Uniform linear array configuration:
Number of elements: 64
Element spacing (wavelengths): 0.5
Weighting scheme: cosine
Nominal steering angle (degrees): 0
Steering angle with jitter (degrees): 1.56
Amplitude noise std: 0.05
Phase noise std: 0.05

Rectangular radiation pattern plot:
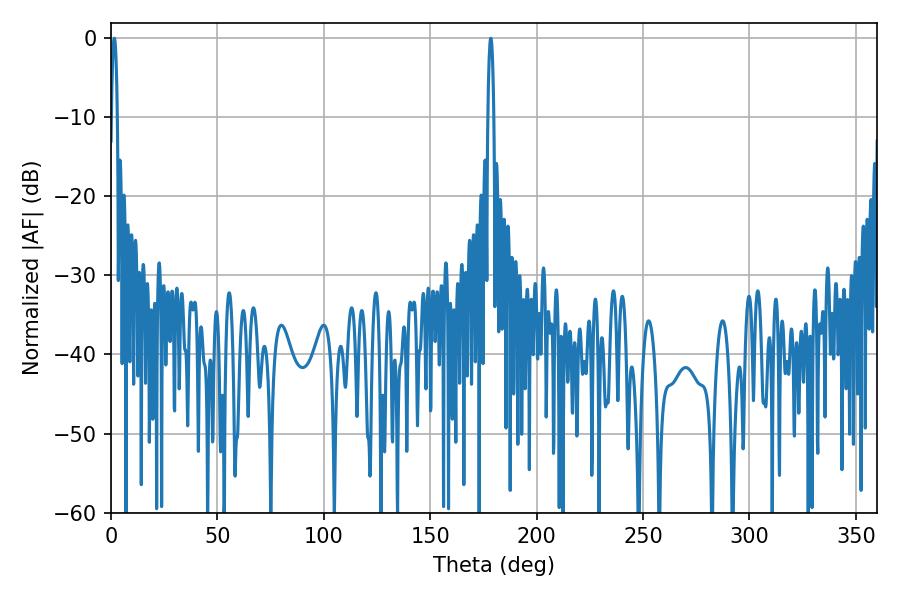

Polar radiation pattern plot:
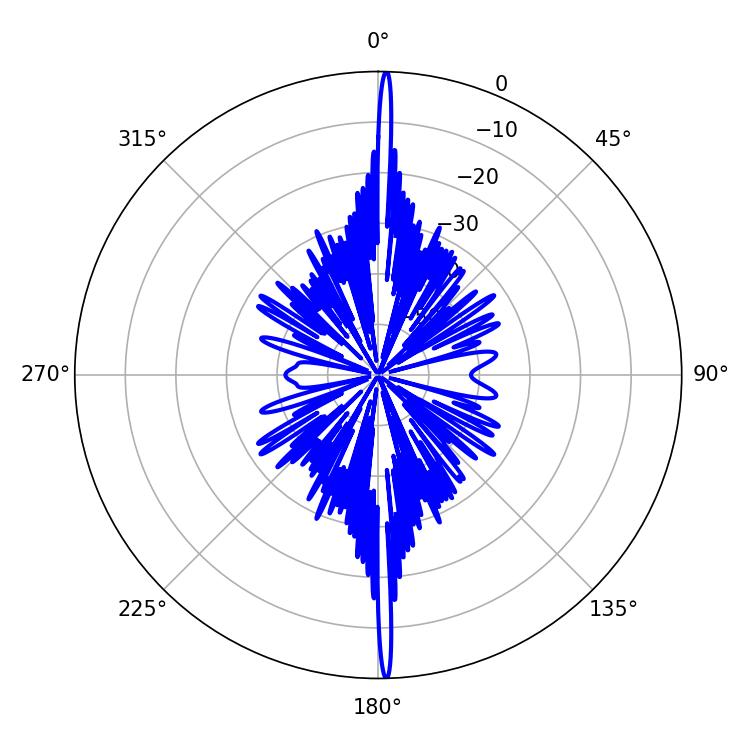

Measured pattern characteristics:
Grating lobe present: FALSE
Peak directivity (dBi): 30.504
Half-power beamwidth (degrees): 1.62
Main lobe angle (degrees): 1.62